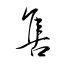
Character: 讎